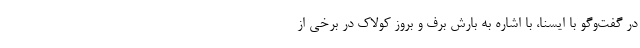
در گفت‌وگو با ایسنا، با اشاره به بارش برف و بروز کولاک در برخی از